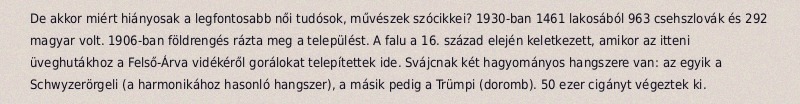
De akkor miért hiányosak a legfontosabb női tudósok, művészek szócikkei? 1930-ban 1461 lakosából 963 csehszlovák és 292 magyar volt. 1906-ban földrengés rázta meg a települést. A falu a 16. század elején keletkezett, amikor az itteni üveghutákhoz a Felső-Árva vidékéről gorálokat telepítettek ide. Svájcnak két hagyományos hangszere van: az egyik a Schwyzerörgeli (a harmonikához hasonló hangszer), a másik pedig a Trümpi (doromb). 50 ezer cigányt végeztek ki.